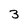
Character: 3